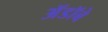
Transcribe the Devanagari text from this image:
ॲडॉबे